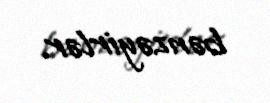
bənzəyirlər.